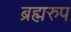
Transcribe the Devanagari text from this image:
ब्रह्मरुप